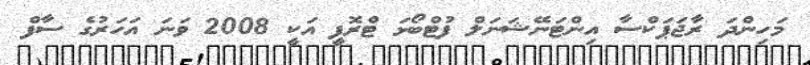
މަހިންދަ ރާޖަޕަކްސާ އިންޓަނޭޝަނަލް ފުޓްބޯޅަ ޓްރޮފީ އަކީ 2008 ވަނަ އަހަރުގެ ސާފް